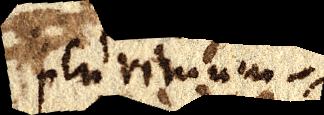
plurimum